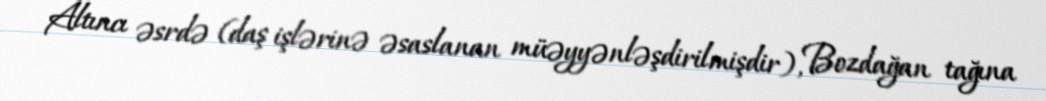
Altıncı əsrdə (daş işlərinə əsaslanan müəyyənləşdirilmişdir), Bozdağan tağına